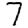
Digit: 7